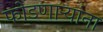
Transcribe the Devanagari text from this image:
फोडणाऱ्यांना